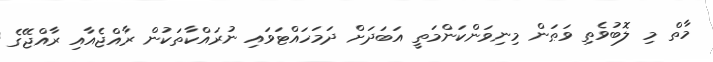
މާތް މި ލޮބުވެތި ވަޠަން މިނިވަންކަންމަތީ އަބަދަށް ދަމަހައްޓަވައި ނުރައްކާތަކުން ރާއްޖެއާއި ރާއްޖޭގެ